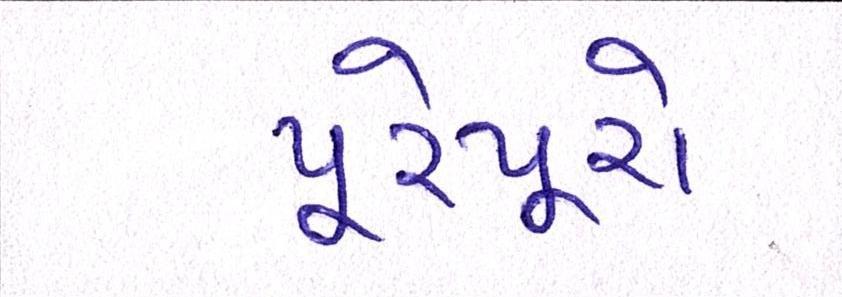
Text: પૂરેપૂરો